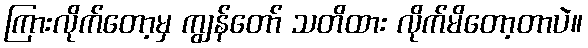
ကြားလိုက်တော့မှ ကျွန်တော် သတိထား လိုက်မိတော့တာပဲ။